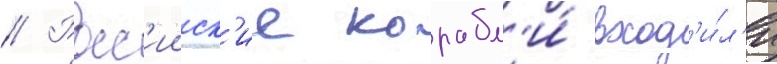
// Росс'ииск'ие корабл'и́ вход'и́л'и